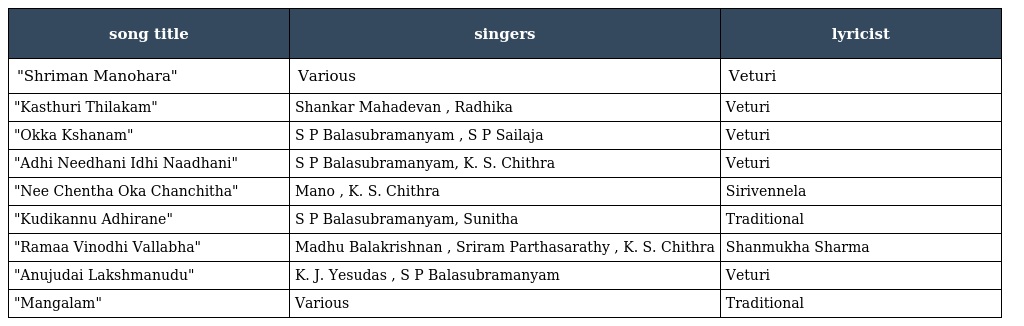
| song title | singers | lyricist |
 | --- | --- | --- |
 | "Shriman Manohara" | Various | Veturi |
 | "Kasthuri Thilakam" | Shankar Mahadevan , Radhika | Veturi |
 | "Okka Kshanam" | S P Balasubramanyam , S P Sailaja | Veturi |
 | "Adhi Needhani Idhi Naadhani" | S P Balasubramanyam, K. S. Chithra | Veturi |
 | "Nee Chentha Oka Chanchitha" | Mano , K. S. Chithra | Sirivennela |
 | "Kudikannu Adhirane" | S P Balasubramanyam, Sunitha | Traditional |
 | "Ramaa Vinodhi Vallabha" | Madhu Balakrishnan , Sriram Parthasarathy , K. S. Chithra | Shanmukha Sharma |
 | "Anujudai Lakshmanudu" | K. J. Yesudas , S P Balasubramanyam | Veturi |
 | "Mangalam" | Various | Traditional |